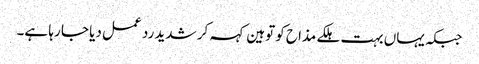
جبکہ یہاں بہت ہلکے مذاح کو توہین کہہ کر شدید رد عمل دیا جا رہا ہے۔